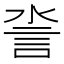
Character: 𧥿